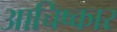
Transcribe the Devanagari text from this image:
आचिष्कार